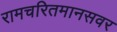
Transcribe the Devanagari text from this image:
रामचरितमानसवर